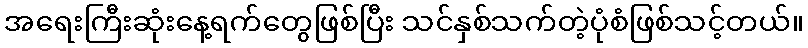
အရေးကြီးဆုံးနေ့ရက်တွေဖြစ်ပြီး သင်နှစ်သက်တဲ့ပုံစံဖြစ်သင့်တယ်။